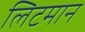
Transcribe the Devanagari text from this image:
लिटमान